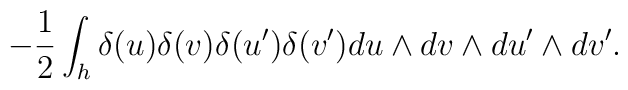
-{1\over 2}\int_h \delta(u) \delta(v) \delta(u') \delta(v')du\wedge dv\wedge du'\wedge dv'.